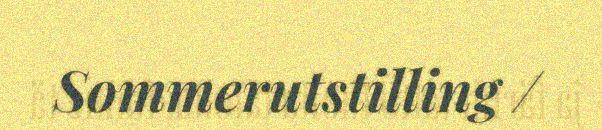
Sommerutstilling /